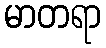
မာတရာ